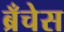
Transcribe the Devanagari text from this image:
ब्रँचेस